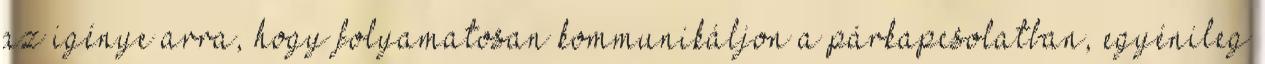
az igénye arra, hogy folyamatosan kommunikáljon a párkapcsolatban, egyénileg